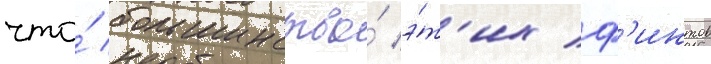
что́ большинство́ э́т'их ф'интов